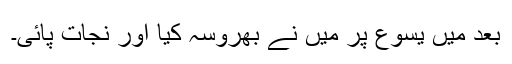
بعد میں یسوع پر میں نے بھروسہ کیا اور نجات پائی۔